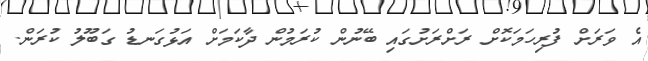
އެ ވަރަށް ފުރިހަމަކޮށް ރަށްރަށުގައި ބޭނުން ކުރަމުން ދާކަމަށް އަޅުގަނޑު ގަބޫލު ކުރަން.